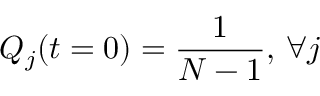
Q _ { j } ( t = 0 ) = \frac { 1 } { N - 1 } , \, \forall j